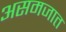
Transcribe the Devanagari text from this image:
असमजात